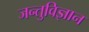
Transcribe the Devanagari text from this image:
जन्तुविज्ञान